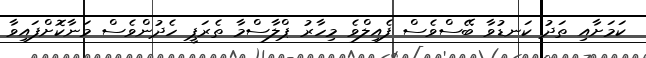
ކަމަށާއި ތަދު ކަނޑުވާ ބޭސްވެސް ފެއިލްވެ މިހާރު ޕްލާސްމާ ތެރަޕީ ހެދުންވެސް މަނާކޮށްފައިވާ